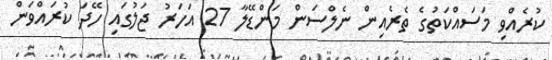
ކުރެއްވި މަސައްކަތުގެ ތެރެއިން ނެލްސަން މަންޑޭލާ 27 އަހަރު ޖަލުގައި ހޭދަ ކުރައްވަން